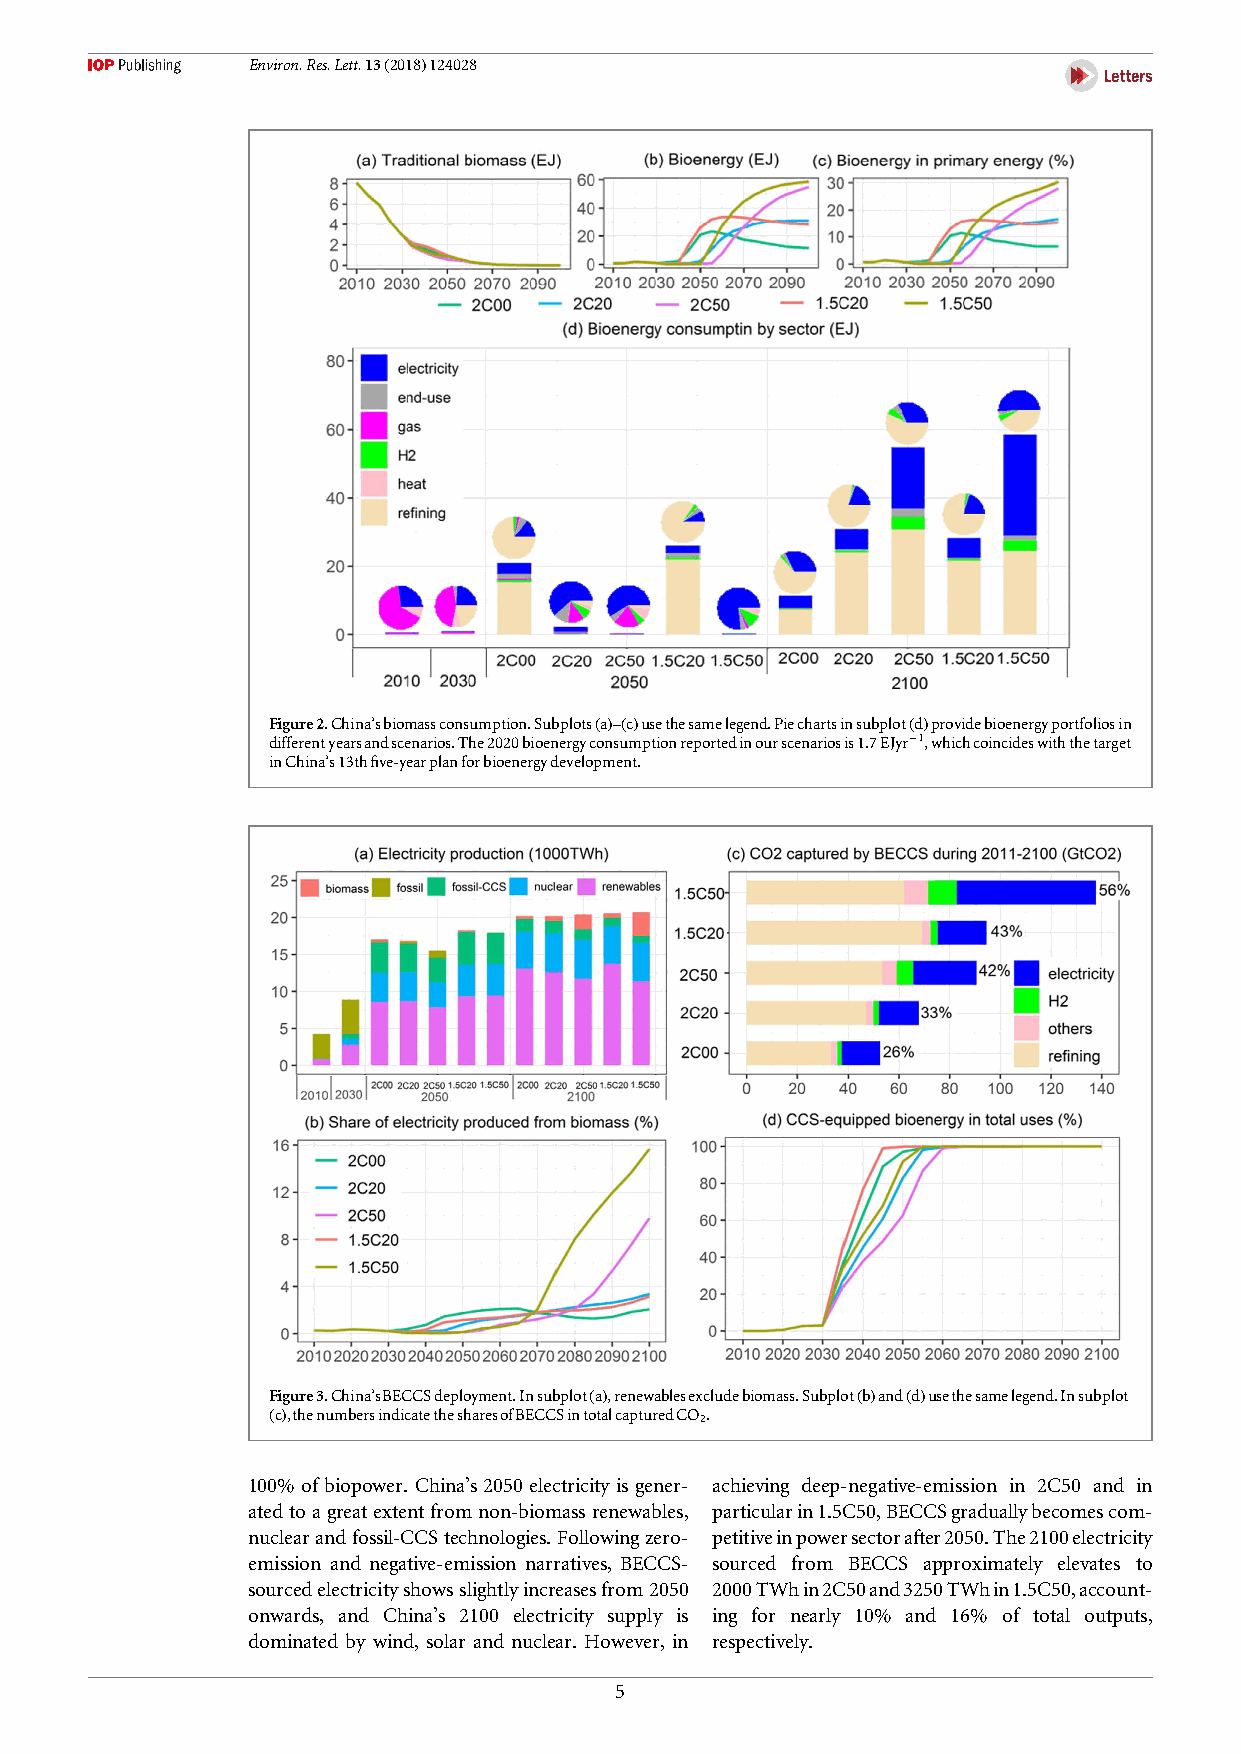
Environ.Res.Lett.13(2018)124028
 Figure2.China’sbiomassconsumption.Subplots(a)–(c)usethesamelegend.Piechartsinsubplot(d)providebioenergyportfoliosin
 differentyearsandscenarios.The2020bioenergyconsumptionreportedinourscenariosis1.7EJyr−1,whichcoincideswiththetarget
 inChina’s13thfive-yearplanforbioenergydevelopment.
 Figure3.China’sBECCSdeployment.Insubplot(a),renewablesexcludebiomass.Subplot(b)and(d)usethesamelegend.Insubplot
 (c),thenumbersindicatethesharesofBECCSintotalcapturedCO.
 2
 100% of biopower. China’s 2050 electricity is gener- achieving deep-negative-emission in 2C50 and in
 atedtoagreat extentfromnon-biomass renewables, particularin1.5C50,BECCSgraduallybecomescom-
 nuclearandfossil-CCStechnologies.Followingzero- petitiveinpowersectorafter2050.The2100electricity
 emission and negative-emission narratives, BECCS- sourced from BECCS approximately elevates to
 sourcedelectricityshowsslightlyincreasesfrom2050 2000TWhin2C50and3250TWhin1.5C50,account-
 onwards, and China’s 2100 electricity supply is ing for nearly 10% and 16% of total outputs,
 dominated by wind, solar and nuclear. However, in respectively.
 5